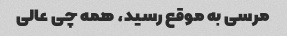
مرسی به موقع رسید، همه چی عالی